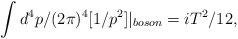
\begin{align*}\int d^{4}p/(2\pi)^{4}[1/p^{2}]|_{boson}=iT^{2}/12,\end{align*}